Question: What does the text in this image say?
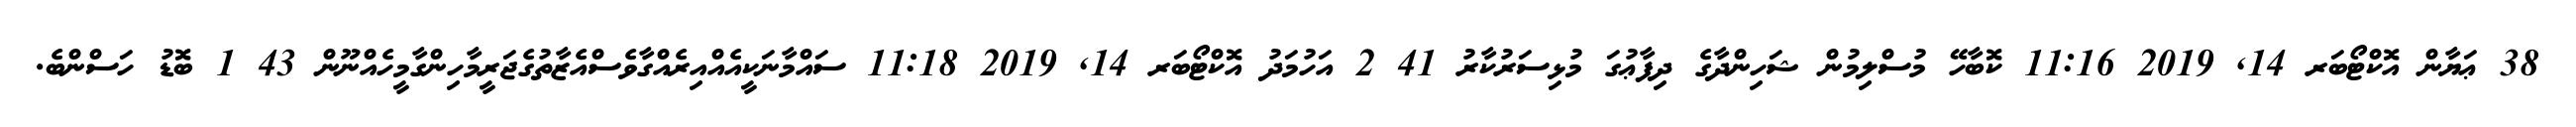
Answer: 38 ޢަޔާން އޮކްޓޯބަރ 14, 2019 11:16 ކޮބާހޭ މުސްލިމުން ޝަހިންދާގެ ދިފާޢުގަ މުޅިސަރުކާރު 41 2 އަހުމަދު އޮކްޓޯބަރ 14, 2019 11:18 ސައްމާނަކީއެއްއިރެއްގާވެސްއެޒާތުގެޖަރީމާހިންގާމީހެއްނޫން 43 1 ބޮޑު ހަސްންބެ.